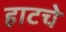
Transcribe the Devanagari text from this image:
हाटचे